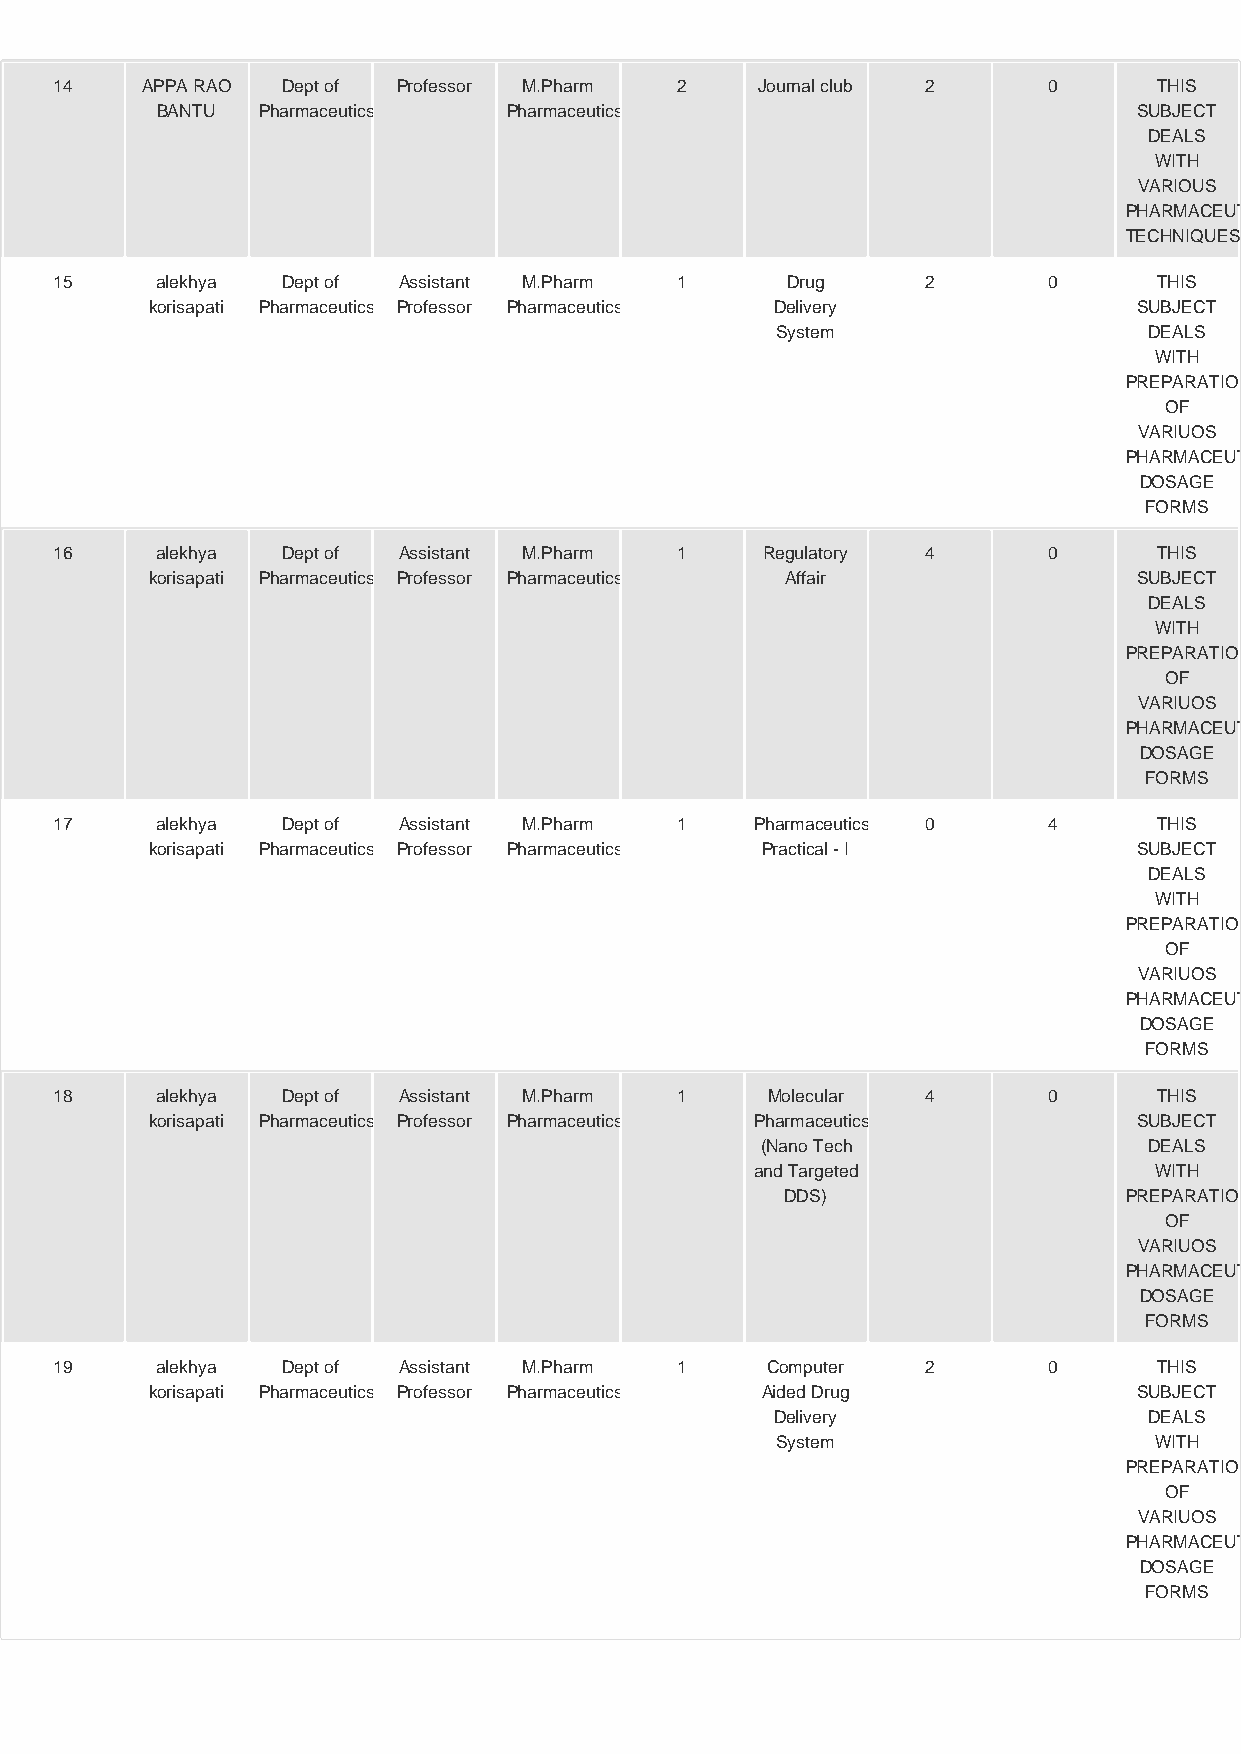
14   APPA RAO  Dept of Professor M.Pharm 2    Journal club 2     0       THIS
 BANTU  Pharmaceutics    Pharmaceutics                            SUBJECT
 DEALS
 WITH
 VARIOUS
 PHARMACEUTICAL
 TECHNIQUES
 15    alekhya  Dept of Assistant M.Pharm 1      Drug     2       0       THIS
 korisapati Pharmaceutics Professor Pharmaceutics Delivery        SUBJECT
 System                   DEALS
 WITH
 PREPARATION
 OF
 VARIUOS
 PHARMACEUTICAL
 DOSAGE
 FORMS
 16    alekhya  Dept of Assistant M.Pharm 1    Regulatory 4       0       THIS
 korisapati Pharmaceutics Professor Pharmaceutics Affair          SUBJECT
 DEALS
 WITH
 PREPARATION
 OF
 VARIUOS
 PHARMACEUTICAL
 DOSAGE
 FORMS
 17    alekhya  Dept of Assistant M.Pharm 1    Pharmaceutics 0    4       THIS
 korisapati Pharmaceutics Professor Pharmaceutics Practical - I   SUBJECT
 DEALS
 WITH
 PREPARATION
 OF
 VARIUOS
 PHARMACEUTICAL
 DOSAGE
 FORMS
 18    alekhya  Dept of Assistant M.Pharm 1     Molecular 4       0       THIS
 korisapati Pharmaceutics Professor Pharmaceutics Pharmaceutics   SUBJECT
 (Nano Tech                DEALS
 and Targeted              WITH
 DDS)                  PREPARATION
 OF
 VARIUOS
 PHARMACEUTICAL
 DOSAGE
 FORMS
 19    alekhya  Dept of Assistant M.Pharm 1     Computer  2       0       THIS
 korisapati Pharmaceutics Professor Pharmaceutics Aided Drug      SUBJECT
 Delivery                 DEALS
 System                   WITH
 PREPARATION
 OF
 VARIUOS
 PHARMACEUTICAL
 DOSAGE
 FORMS